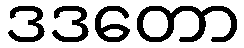
ဒဒတော